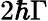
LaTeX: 2\hbar\Gamma